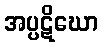
အပ္ပဋိဃော